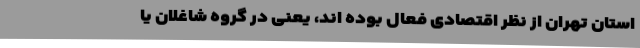
استان تهران از نظر اقتصادی فعال بوده اند، یعنی در گروه شاغلان یا